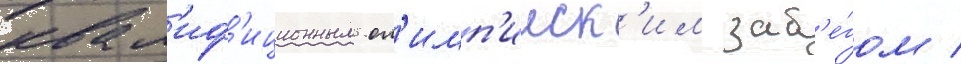
квал'иф'иционным ол'имп'ииск'им заб'е́гом /